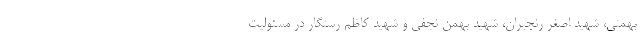
بهمنی، شهید اصغر رنجبران، شهید بهمن نجفی و شهید کاظم رستگار در مسئولیت